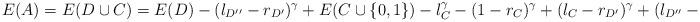
LaTeX: \begin{align*} E(A)=E(D\cup C) =E(D)-(l_{D''}-r_{D'})^{\gamma}+ E(C\cup\{0,1\})-l_C^{\gamma}-(1-r_C)^{\gamma}+(l_C-r_{D'})^{\gamma} +(l_{D''}-r_C)^{\gamma}.\end{align*}